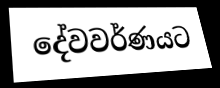
දේවවර්ණයට